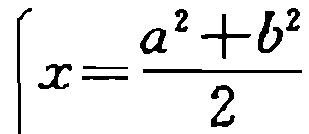
\[

\begin{cases}

x=\dfrac{a^{2}+b^{2}}{2}

\end{cases}

\]